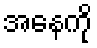
အနေကို